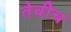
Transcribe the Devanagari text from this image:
तेवीच